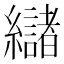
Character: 𮉘